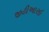
જીટીઆરઇ